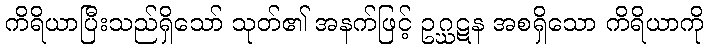
ကိရိယာပြီးသည်ရှိသော် သုတ်၏ အနက်ဖြင့် ဥဂ္ဃဋန အစရှိသော ကိရိယာကို